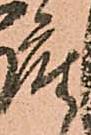
座